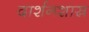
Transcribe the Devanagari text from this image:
दार्शनशास्र